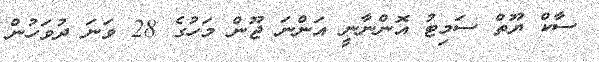
ސާކް ޔޫތް ސަމިޓު އޮންނާނީ އަންނަ ޖޫން މަހުގެ 28 ވަނަ ދުވަހުން